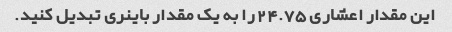
این مقدار اعشاری 24.75 را به یک مقدار باینری تبدیل کنید.